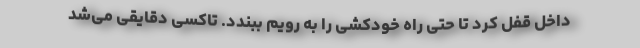
داخل قفل کرد تا حتی راه خودکشی را به رویم ببندد. تاکسی دقایقی می‌شد